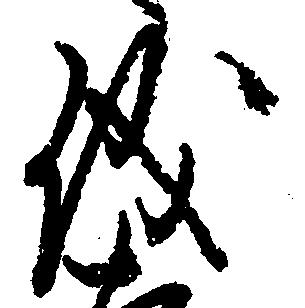
儀